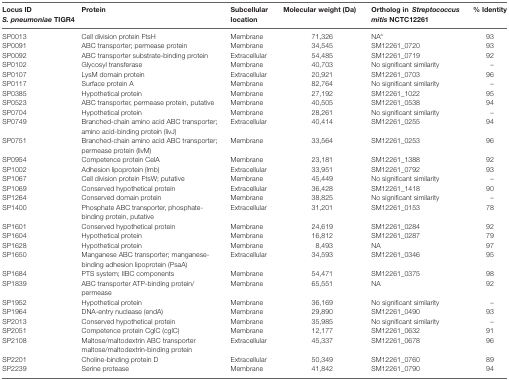
<table><thead><tr><td><b>Locus ID S. pneumoniae TIGR4</b></td><td><b>Protein</b></td><td><b>Subcellular location</b></td><td><b>Molecular weight (Da)</b></td><td><b>Ortholog in Streptococcus mitis NCTC12261</b></td><td><b>% Identity</b></td></tr></thead><tbody><tr><td>SP0013</td><td>Cell division protein FtsH</td><td>Membrane</td><td>71,326</td><td>NA<sup>a</sup></td><td>93</td></tr><tr><td>SP0091</td><td>ABC transporter; permease protein</td><td>Membrane</td><td>34,545</td><td>SM12261_0720</td><td>93</td></tr><tr><td>SP0092</td><td>ABC transporter substrate-binding protein</td><td>Extracellular</td><td>54,485</td><td>SM12261_0719</td><td>92</td></tr><tr><td>SP0102</td><td>Glycosyl transferase</td><td>Membrane</td><td>40,703</td><td>No significant similarity</td><td>–</td></tr><tr><td>SP0107</td><td>LysM domain protein</td><td>Extracellular</td><td>20,921</td><td>SM12261_0703</td><td>96</td></tr><tr><td>SP0117</td><td>Surface protein A</td><td>Membrane</td><td>82,764</td><td>No significant similarity</td><td>–</td></tr><tr><td>SP0385</td><td>Hypothetical protein</td><td>Membrane</td><td>27,192</td><td>SM12261_1022</td><td>95</td></tr><tr><td>SP0523</td><td>ABC transporter, permease protein, putative</td><td>Membrane</td><td>40,505</td><td>SM12261_0538</td><td>94</td></tr><tr><td>SP0704</td><td>Hypothetical protein</td><td>Membrane</td><td>28,261</td><td>No significant similarity</td><td>–</td></tr><tr><td>SP0749</td><td>Branched-chain amino acid ABC transporter; amino acid-binding protein (livJ)</td><td>Extracellular</td><td>40,414</td><td>SM12261_0255</td><td>94</td></tr><tr><td>SP0751</td><td>Branched-chain amino acid ABC transporter; permease protein (livM)</td><td>Membrane</td><td>33,564</td><td>SM12261_0253</td><td>96</td></tr><tr><td>SP0954</td><td>Competence protein CelA</td><td>Membrane</td><td>23,181</td><td>SM12261_1388</td><td>92</td></tr><tr><td>SP1002</td><td>Adhesion lipoprotein (lmb)</td><td>Extracellular</td><td>33,951</td><td>SM12261_0792</td><td>93</td></tr><tr><td>SP1067</td><td>Cell division protein FtsW; putative</td><td>Membrane</td><td>45,449</td><td>No significant similarity</td><td>–</td></tr><tr><td>SP1069</td><td>Conserved hypothetical protein</td><td>Extracellular</td><td>36,428</td><td>SM12261_1418</td><td>90</td></tr><tr><td>SP1264</td><td>Conserved domain protein</td><td>Membrane</td><td>38,825</td><td>No significant similarity</td><td>–</td></tr><tr><td>SP1400</td><td>Phosphate ABC transporter, phosphate-binding protein, putative</td><td>Extracellular</td><td>31,201</td><td>SM12261_0153</td><td>78</td></tr><tr><td>SP1601</td><td>Conserved hypothetical protein</td><td>Membrane</td><td>24,619</td><td>SM12261_0284</td><td>92</td></tr><tr><td>SP1604</td><td>Hypothetical protein</td><td>Membrane</td><td>16,812</td><td>SM12261_0287</td><td>79</td></tr><tr><td>SP1628</td><td>Hypothetical protein</td><td>Membrane</td><td>8,493</td><td>NA</td><td>97</td></tr><tr><td>SP1650</td><td>Manganese ABC transporter; manganese-binding adhesion lipoprotein (PsaA)</td><td>Extracellular</td><td>34,593</td><td>SM12261_0346</td><td>95</td></tr><tr><td>SP1684</td><td>PTS system; IIBC components</td><td>Membrane</td><td>54,471</td><td>SM12261_0375</td><td>98</td></tr><tr><td>SP1839</td><td>ABC transporter ATP-binding protein/permease</td><td>Membrane</td><td>65,551</td><td>NA</td><td>92</td></tr><tr><td>SP1952</td><td>Hypothetical protein</td><td>Membrane</td><td>36,169</td><td>No significant similarity</td><td>–</td></tr><tr><td>SP1964</td><td>DNA-entry nuclease (endA)</td><td>Membrane</td><td>29,890</td><td>SM12261_0490</td><td>93</td></tr><tr><td>SP2013</td><td>Conserved hypothetical protein</td><td>Membrane</td><td>35,985</td><td>No significant similarity</td><td>–</td></tr><tr><td>SP2051</td><td>Competence protein CglC (cglC)</td><td>Membrane</td><td>12,177</td><td>SM12261_0632</td><td>91</td></tr><tr><td>SP2108</td><td>Maltose/maltodextrin ABC transporter maltose/maltodextrin-binding protein</td><td>Extracellular</td><td>45,337</td><td>SM12261_0678</td><td>96</td></tr><tr><td>SP2201</td><td>Choline-binding protein D</td><td>Extracellular</td><td>50,349</td><td>SM12261_0760</td><td>89</td></tr><tr><td>SP2239</td><td>Serine protease</td><td>Membrane</td><td>41,842</td><td>SM12261_0790</td><td>94</td></tr></tbody></table>